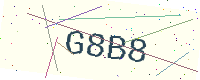
Text: G8B8